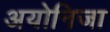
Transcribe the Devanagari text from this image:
अयोनिजा